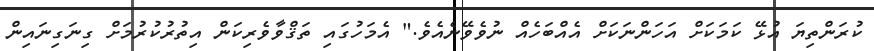
ކުރަންތިޔަ އުޅޭ ކަމަކަށް އަހަންނަކަށް އެއްބަހެއް ނުވެވޭނެއެވެ." އެމަހުގައި ތަޤްވާވެރިކަން އިތުރުކުރުމަށް ގިނަގިނައިން